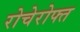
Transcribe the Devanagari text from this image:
रोचेरोफ्त